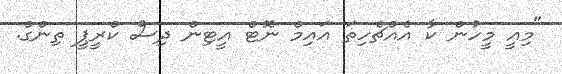
"މިއީ މީހުން ކާ އެއްޗެހިތަ އައިމް ނޮޓް އީޓިން ދިސް ކްރީޕީ ތިންގް.